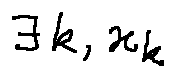
\exists k , x _ { k }